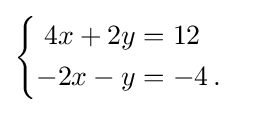
{\begin{cases}{\begin{aligned}4x+2y&=12\\-2x-y&=-4\,.\end{aligned}}\end{cases}}